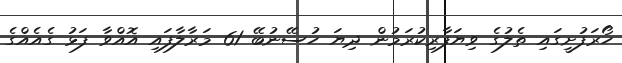
ހޯރަފުށީގައި ތެލުގެ ވިޔަފާރިކުރަމުން ދިޔަ ހުސޭނުބޭ 61 މަރާލާފައި އޮއްވާ ފަޅު ގެއެއްގެ